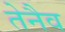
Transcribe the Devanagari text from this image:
तेनैव